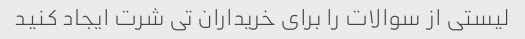
لیستی از سوالات را برای خریداران تی شرت ایجاد کنید